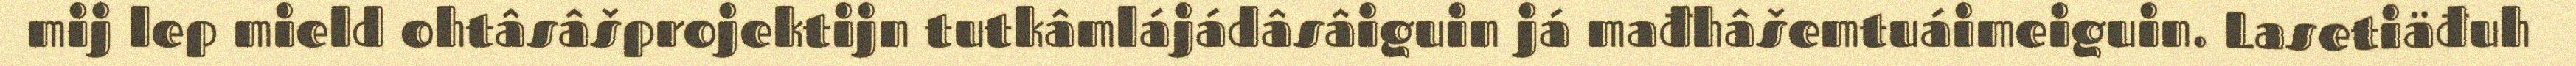
mij lep mield ohtâsâšprojektijn tutkâmlájádâsâiguin já mađhâšemtuáimeiguin. Lasetiäđuh